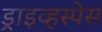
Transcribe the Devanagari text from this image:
ड्राइव्हस्पेस